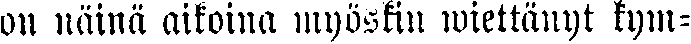
on näinä aikoina myöskin wiettänyt kym-